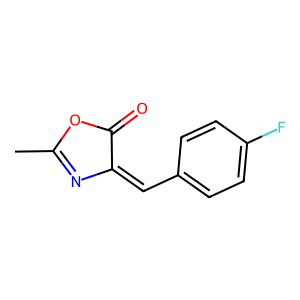
SMILES: CC1=NC(=Cc2ccc(F)cc2)C(=O)O1
Inhibits HIV replication: No